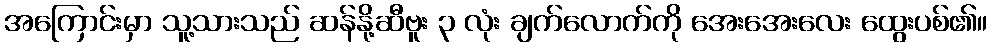
အကြောင်းမှာ သူ့သားသည် ဆန်နို့ဆီဗူး ၃ လုံး ချက်လောက်ကို အေးအေးလေး ထွေးပစ်၏။